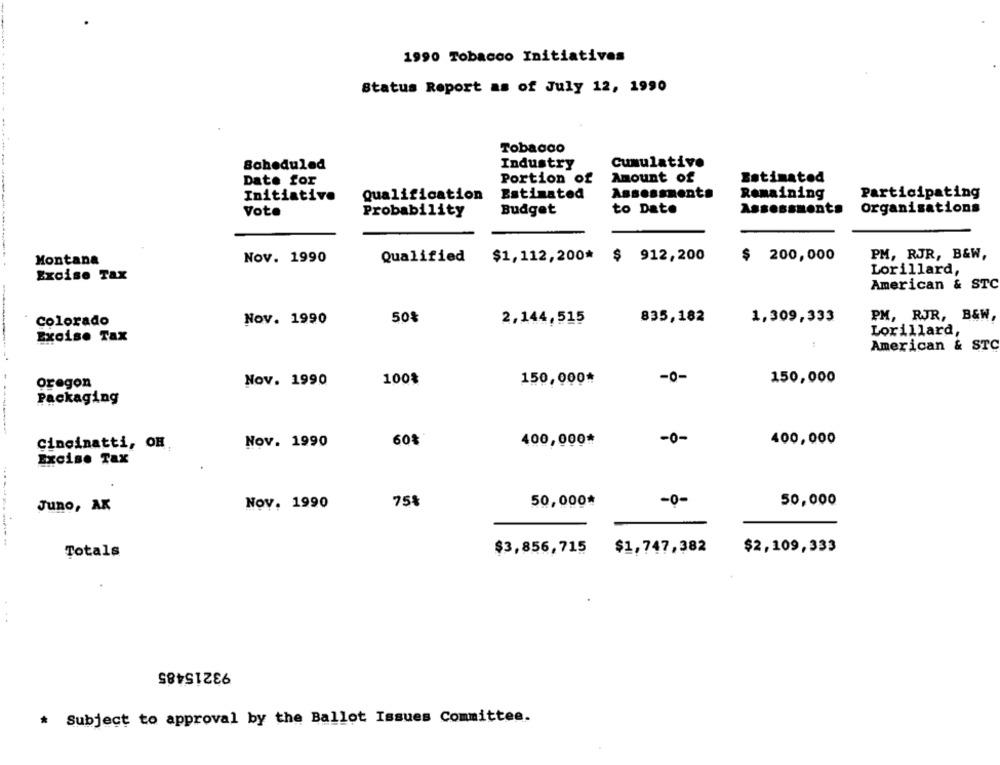
1990 Tobacco Initiatives
Status Report as of July 12, 1990
Tobacco
Scheduled
Industry
Cumulativo
Date for
Portion of
Amount of
Estimated
Initiative
Qualification
Estimated
Assessments
Remaining
Participating
Vote
Probability
Budget
to Date
Assessments
Organisations
Montana
Nov. 1990
Qualified
$1,112,200* $ 912,200
$
200,000
PM, RJR, B&W,
Lorillard,
Excise Tax
American & STC
Colorado
Nov. 1990
50%
2,144,515
835,182
1,309,333
PM, RJR, B&W,
Lorillard,
Excise Tax
American & STC
Nov. 1990
100%
150,000*
-0-
150,000
oregon
Packaging
Nov. 1990
60%
400,000*
-0-
400,000
Cincinatti, OH.
Excise Tax
Nov. 1990
75%
50,000*
-0-
50,000
Juno, AK
$3,856,715
$1,747,382
$2,109,333
Totals
....
93215485
* Subject to approval by the Ballot Issues Committee.